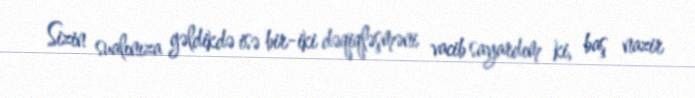
Sizin sualınıza gəldikdə isə bir-iki dəqiqləşməni vacib sayardım ki, baş nazir